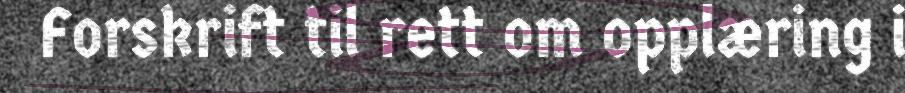
Forskrift til rett om opplæring i